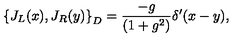
\left\{ J _ { L } ( x ) , J _ { R } ( y ) \right\} _ { D } = \frac { - g } { ( 1 + g ^ { 2 } ) } \delta ^ { \prime } ( x - y ) ,